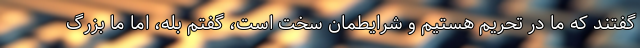
گفتند که ما در تحریم هستیم و شرایطمان سخت است، گفتم بله، اما ما بزرگ